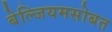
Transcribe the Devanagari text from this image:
बेल्जियमसोबत